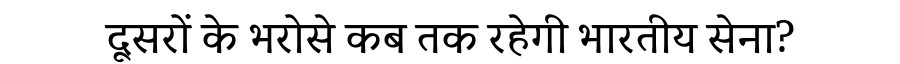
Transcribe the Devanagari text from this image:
दूसरों के भरोसे कब तक रहेगी भारतीय सेना?